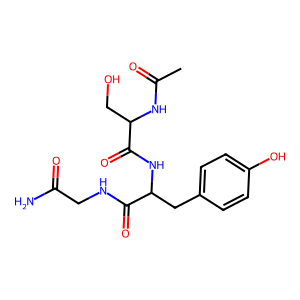
SMILES: CC(=O)NC(CO)C(=O)NC(Cc1ccc(O)cc1)C(=O)NCC(N)=O
Inhibits HIV replication: No